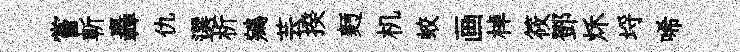
嘗斬轟仇選析鵷芸揆麪机蛟画棹筱鄧秌埓唏